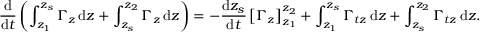
\frac { \mathrm { d } } { \mathrm { d } t } \left( \int _ { z _ { 1 } } ^ { z _ { s } } \Gamma _ { z } \, \mathrm { d } z + \int _ { z _ { s } } ^ { z _ { 2 } } \Gamma _ { z } \, \mathrm { d } z \right) = - \frac { \mathrm { d } z _ { s } } { \mathrm { d } t } \left[ \Gamma _ { z } \right] _ { z _ { 1 } } ^ { z _ { 2 } } + \int _ { z _ { 1 } } ^ { z _ { s } } \Gamma _ { t z } \, \mathrm { d } z + \int _ { z _ { s } } ^ { z _ { 2 } } \Gamma _ { t z } \, \mathrm { d } z .